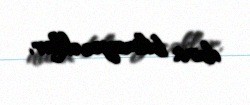
dura bilməyəcəklər.